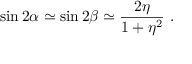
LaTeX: \sin 2 \alpha \simeq \sin 2 \beta \simeq \frac { 2 \eta } { 1 + \eta ^ { 2 } } ~ .